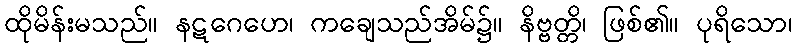
ထိုမိန်းမသည်။ နဋဂေဟေ၊ ကချေသည်အိမ်၌။ နိဗ္ဗတ္တိ၊ ဖြစ်၏။ ပုရိသော၊